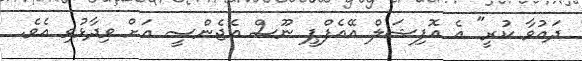
ދައުވާ ކުރީ" އެ އޮފިޝަލް އޭއެފްޕީ ނޫސް އެޖެންސީ އަށް ވިދާޅުވި އެވެ.